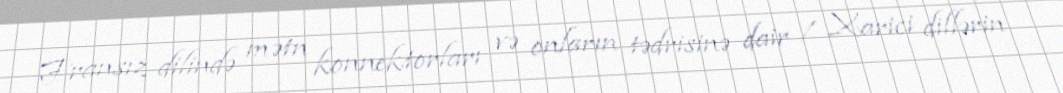
Fransız dilində mətn konnektorları və onların tədrisinə dair / Xarici dillərin